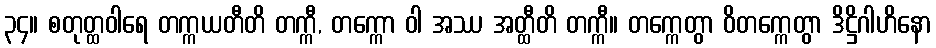
၃၄။ စတုတ္ထဝါရေ တက္ကယတီတိ တက္ကီ, တက္ကော ဝါ အဿ အတ္ထီတိ တက္ကီ။ တက္ကေတွာ ဝိတက္ကေတွာ ဒိဋ္ဌိဂါဟိနော